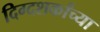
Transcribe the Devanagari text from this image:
दिग्दशर्कांच्या